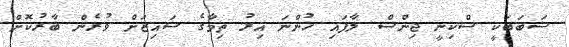
ސަބަބަކީ ސްކިނީ ޖިންސް ލާފައި ހުންނަ އިރު ތިމާގެ ސައިޒަށް ވުރެން ބާރުކޮށް